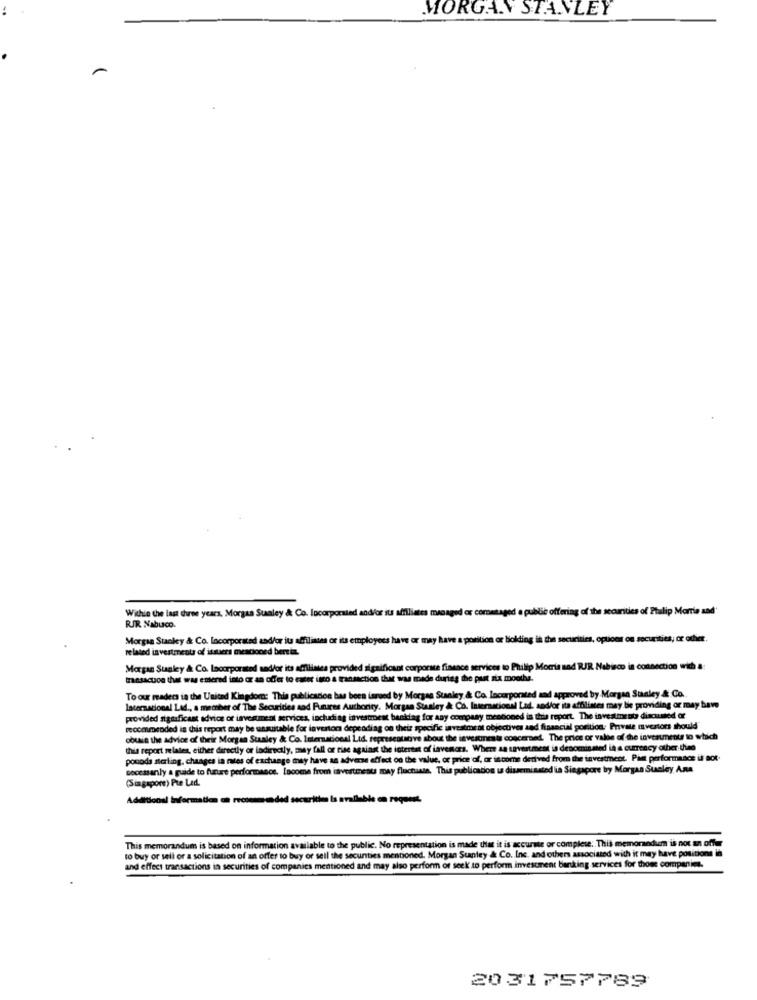
MORGAN STANLEY
Within the last three years, Morgaa Sualey & Co. Incorporated and/or its affiliates managed ox coresaged a public offering of the securities of Ptulip Morris sad'
RIR Nabuco.
Morgan Stanley & Co. locorporated and/or its affiliates or its employees have or may have a position or bokding in the securities, options ou securities, or other
related investments of issuers mentioned bertin.
Morgan Stanley & Co. Incorporated and/or its affiliates provided significant corporate finance services to Philip Morris nad RJR Nabisco in connection with a:
transaction that was entered into or an offer to cater isco a transaction that was made during the past six months.
To our madecs in the United Kingdom: This publication has been issued by Morgan Stanley & Co. Incorporated and approved by Morgan Stanley & Co.
laternacional Lad ., a member of The Securities and Funares Authority. Morgan Stanley & Co. Internacional Lad, and/or its affiliates may be providing or may have
provided significant advice or investment services, includi ag investment banklag for any company mentioned in this report. The investimento discumed or
recommended la this report may be unsuitable for laverton depending on their specific investment objectives and financial position. Private mvertors should
obtain the advice of their Morgan Stanley & Co. International Ltd. representative about the investments concerned. The price or valde of the investments to which
this report relates, either directly or indirectly, may fall or rise against the intertat of laveners. Where an savestment is denomin med in a currency other than
pocoda sterling, changes in rites of exchange may have an adverse effect on the value, or price of, or income derived from the investment. Pam performance il Bot-
secessanly a guide to future performance. Locome from investment may fluctuate. This publication ta disseminated la Singapore by Morgan Stanley Ana
(Singapore) Pre Led.
Additional information on recommended securities is available on request.
This memorandum is based on information available to the public. No representation is made that it is accurate or complete. This memonodum is not an offer
to buy or sell or a solicitation of an offer to buy or sell the secunties mentioned. Morgan Stanley & Co. Inc, and others associated with it may have positions in
and effect transactions in securities of companies mentioned and may also perform or seek to perform investment banking services for those companies.
20 31 757789